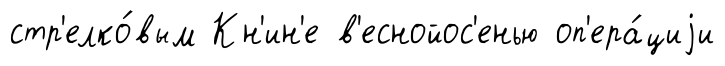
стр'елко́вым Кн'ин'е в'еснойос'енью оп'ера́циjи